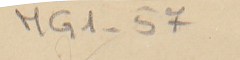
MG1-57